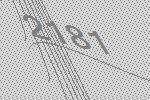
2181